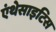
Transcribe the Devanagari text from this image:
एंथेसाइटिस